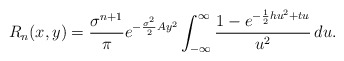
\begin{align*}R_n(x, y)=\frac{\sigma^{n+1}}{\pi} \displaystyle e^{-\frac{\sigma^2}{2}Ay^2} \displaystyle \int_{-\infty}^{\infty}\frac{1- \displaystyle e^{-\frac{1}{2}hu^2+tu}} {u^2}\, du.\end{align*}